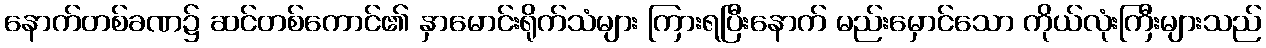
နောက်တစ်ခဏ၌ ဆင်တစ်ကောင်၏ နှာမောင်းရိုက်သံများ ကြားရပြီးနောက် မည်းမှောင်သော ကိုယ်လုံးကြီးများသည်